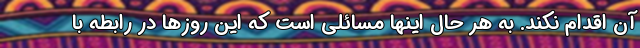
آن اقدام نکند. به هر حال اینها مسائلی است که این روزها در رابطه با